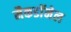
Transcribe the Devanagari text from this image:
मैकडाॅनेल